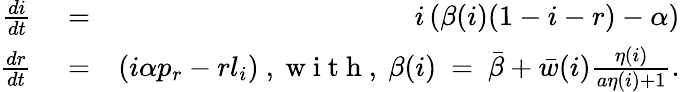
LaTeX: \begin{array}{rlr}{\frac{di}{dt}}&{{}=}&{i\left(\beta(i)(1-i-r)-\alpha\right)}\\ {\frac{dr}{dt}}&{{}=}&{\left(i\alpha p_{r}-rl_{i}\right)\mathrm{~,~w~i~t~h~,~}\beta(i)\ =\ \bar{\beta}+\bar{w}(i)\frac{\eta(i)}{a\eta(i)+1}.}\end{array}